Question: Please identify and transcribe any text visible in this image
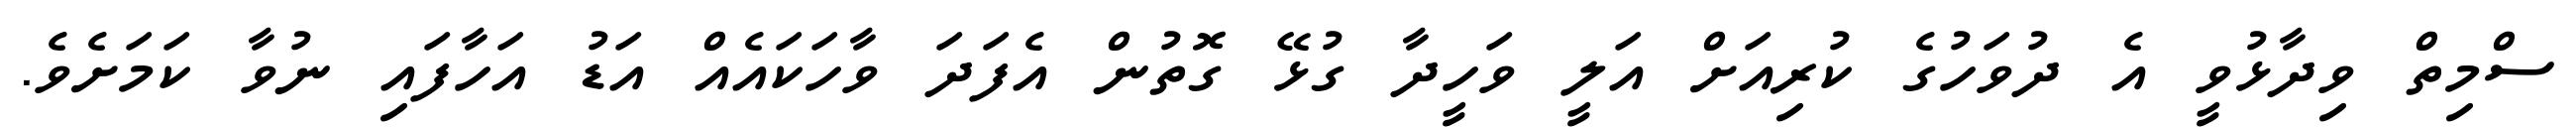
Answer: ސްމިތް ވިދާޅުވީ އެ ދުވަހުގެ ކުރިއަށް އަލީ ވަހީދާ ގުޅޭ ގޮތުން އެފަދަ ވާހަކައެއް އަޑު އަހާފައި ނުވާ ކަމަށެވެ.